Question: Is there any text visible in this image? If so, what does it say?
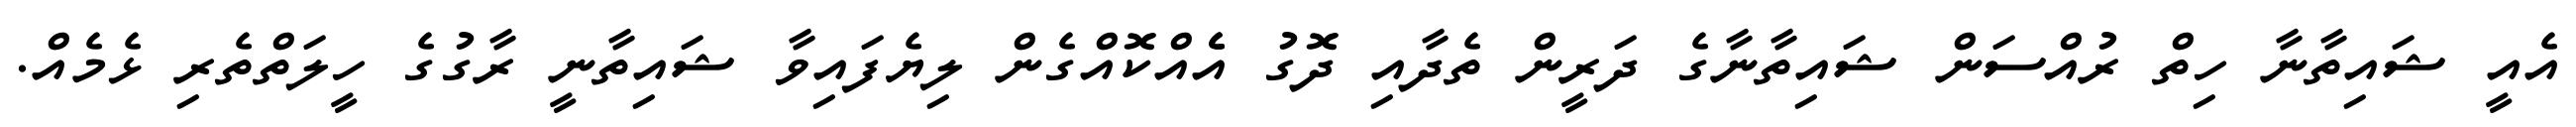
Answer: އެއީ ޝައިތާނާ ހިތް ރުއްސަން ޝައިތާނާގެ ދަރީން ތެދާއި ދޮގު އެެއްކޮއްގެން ލިޔެފައިވާ ޝައިތާނީ ރާގުގެ ހީލަތްތެރި ޅެމެއް.